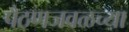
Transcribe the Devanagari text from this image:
पैठणजवळच्या